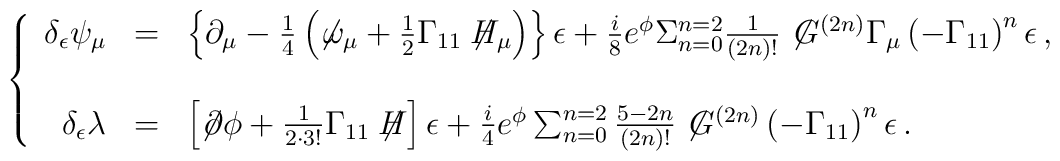
\left\{\begin{array}{rcl}\delta_{\epsilon} \psi_{\mu} & = & \left\{  \partial_{\mu} -\frac{1}{4} \left(\not\!\omega_{\mu} +\frac{1}{2}\Gamma_{11}\not\!\! H_{\mu}\right) \right\} \epsilon +\frac{i}{8} e^{\phi} \Sigma_{n=0}^{n=2} \frac{1}{(2n)!}\not\! G^{(2n)} \Gamma_{\mu} \left( -\Gamma_{11} \right)^{n}\epsilon\, , \\& & \\\delta_{\epsilon}\lambda & = &   \left[\not\!\partial\phi+\frac{1}{2\cdot 3!}\Gamma_{11}\not\!\! H\right]\epsilon + \frac{i}{4} e^{\phi} \sum_{n=0}^{n=2} \frac{5-2n}{(2n)!} \not\! G^{(2n)} \left(-\Gamma_{11} \right)^{n} \epsilon\, .\\\end{array}\right.